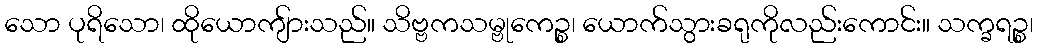
သော ပုရိသော၊ ထိုယောကျ်ားသည်။ သိဗ္ဗကသမ္ဗုကေဉ္စ၊ ယောက်သွားခရုကိုလည်းကောင်း။ သက္ခရဉ္စ၊